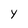
Character: Y